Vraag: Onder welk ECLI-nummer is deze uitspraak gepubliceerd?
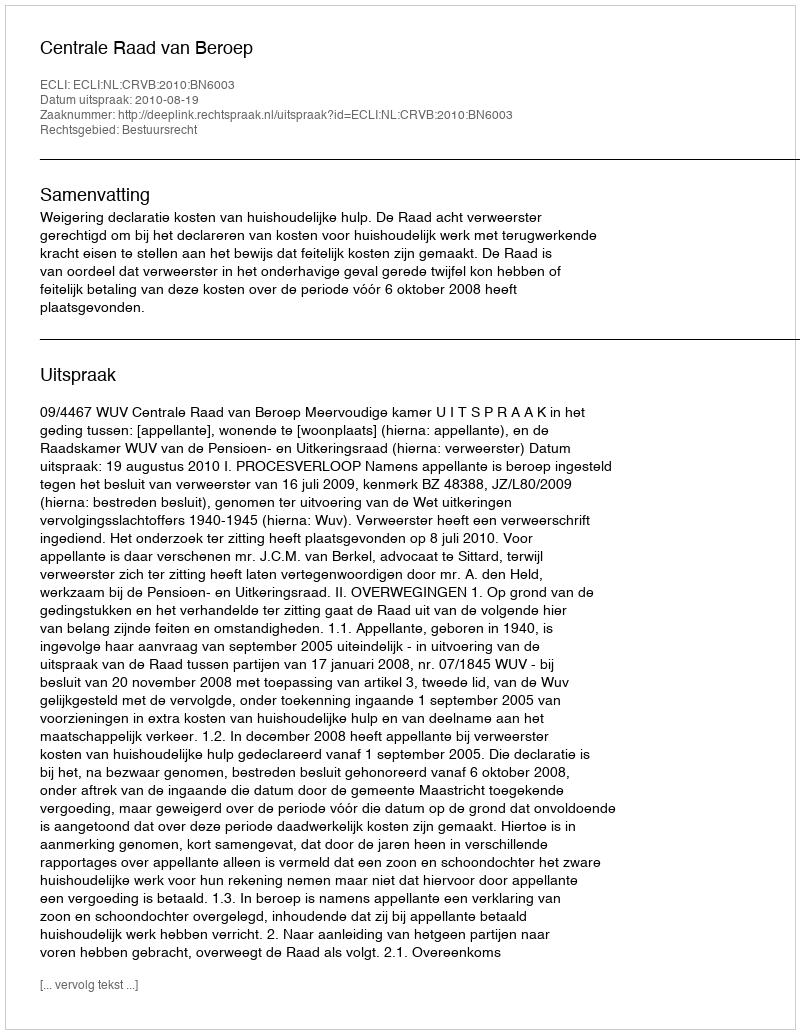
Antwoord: ECLI:NL:CRVB:2010:BN6003